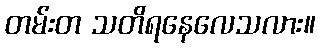
တမ်းတ သတိရနေလေသလား။